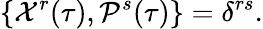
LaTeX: \{ {\cal X}^{r}(\tau),{\cal P}^{s}(\tau)\} =\delta^{rs}.